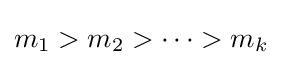
m_{1}>m_{2}>\cdots >m_{k}